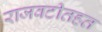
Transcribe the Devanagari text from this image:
राजवटीतहत